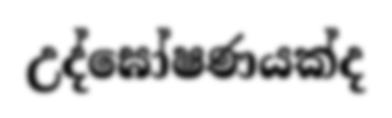
උද්ඝෝෂණයක්ද